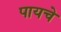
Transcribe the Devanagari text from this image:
पायचे